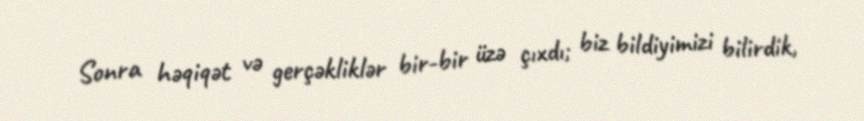
Sonra həqiqət və gerçəkliklər bir-bir üzə çıxdı; biz bildiyimizi bilirdik,